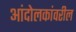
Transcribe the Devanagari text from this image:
आंदोलकांवरील